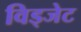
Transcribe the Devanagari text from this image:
विड्जेट